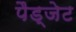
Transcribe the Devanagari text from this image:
पैड्जेट